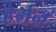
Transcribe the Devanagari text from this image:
हेर्मन